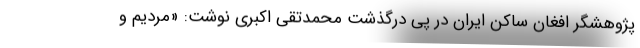
پژوهشگر افغان ساکن ایران در پی درگذشت محمدتقی اکبری نوشت: «مردیم و